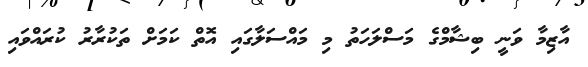
އާޒިމާ ވަނީ ބިޝާމްގެ މަސްލަހަތު މި މައްސަލާގައި އޮތް ކަމަށް ތަކުރާރު ކުރައްވައި